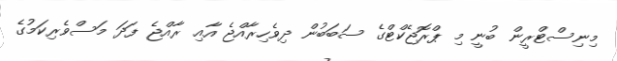
މިނިސްޓްރީން ބުނީ މި ޕްރޮޖެކްޓްގެ ސަބަބުން ދިވެހިރާއްޖެ އާއި ރާއްޖެ ފަދަ މަސްވެރިކަމުގެ